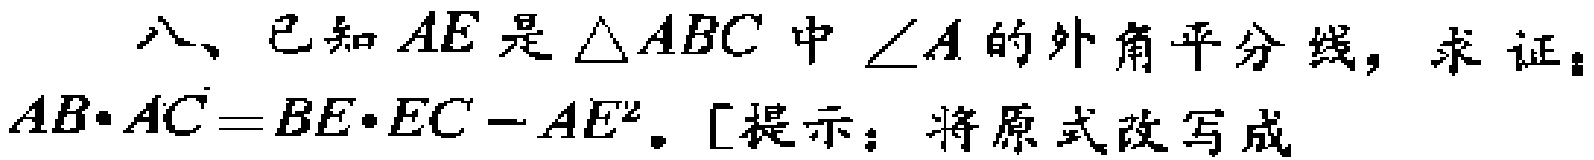
八、已知 \(AE\) 是 \(\triangle ABC\) 中 \(\angle A\) 的外角平分线，求证：\(AB\cdot AC = BE\cdot EC - AE^{2}\)。[提示：将原式改写成